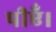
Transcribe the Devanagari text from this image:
पीएँ।